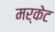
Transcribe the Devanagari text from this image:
मर्केट